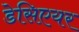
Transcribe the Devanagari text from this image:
डेसिएयर